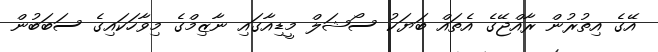
އޭގެ އިތުރުން ރާއްޖޭގެ އެތައް ބަޔަކު ސޯޝަލް މީޑިއާގައި ނާޒިމްގެ މިވާހަކައިގެ ސަބަބުން